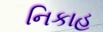
નિકાહ